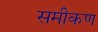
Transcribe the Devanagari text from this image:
समीकण